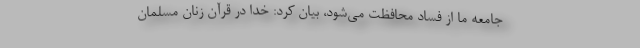
جامعه ما از فساد محافظت می‌شود، بیان کرد: خدا در قرآن زنان مسلمان